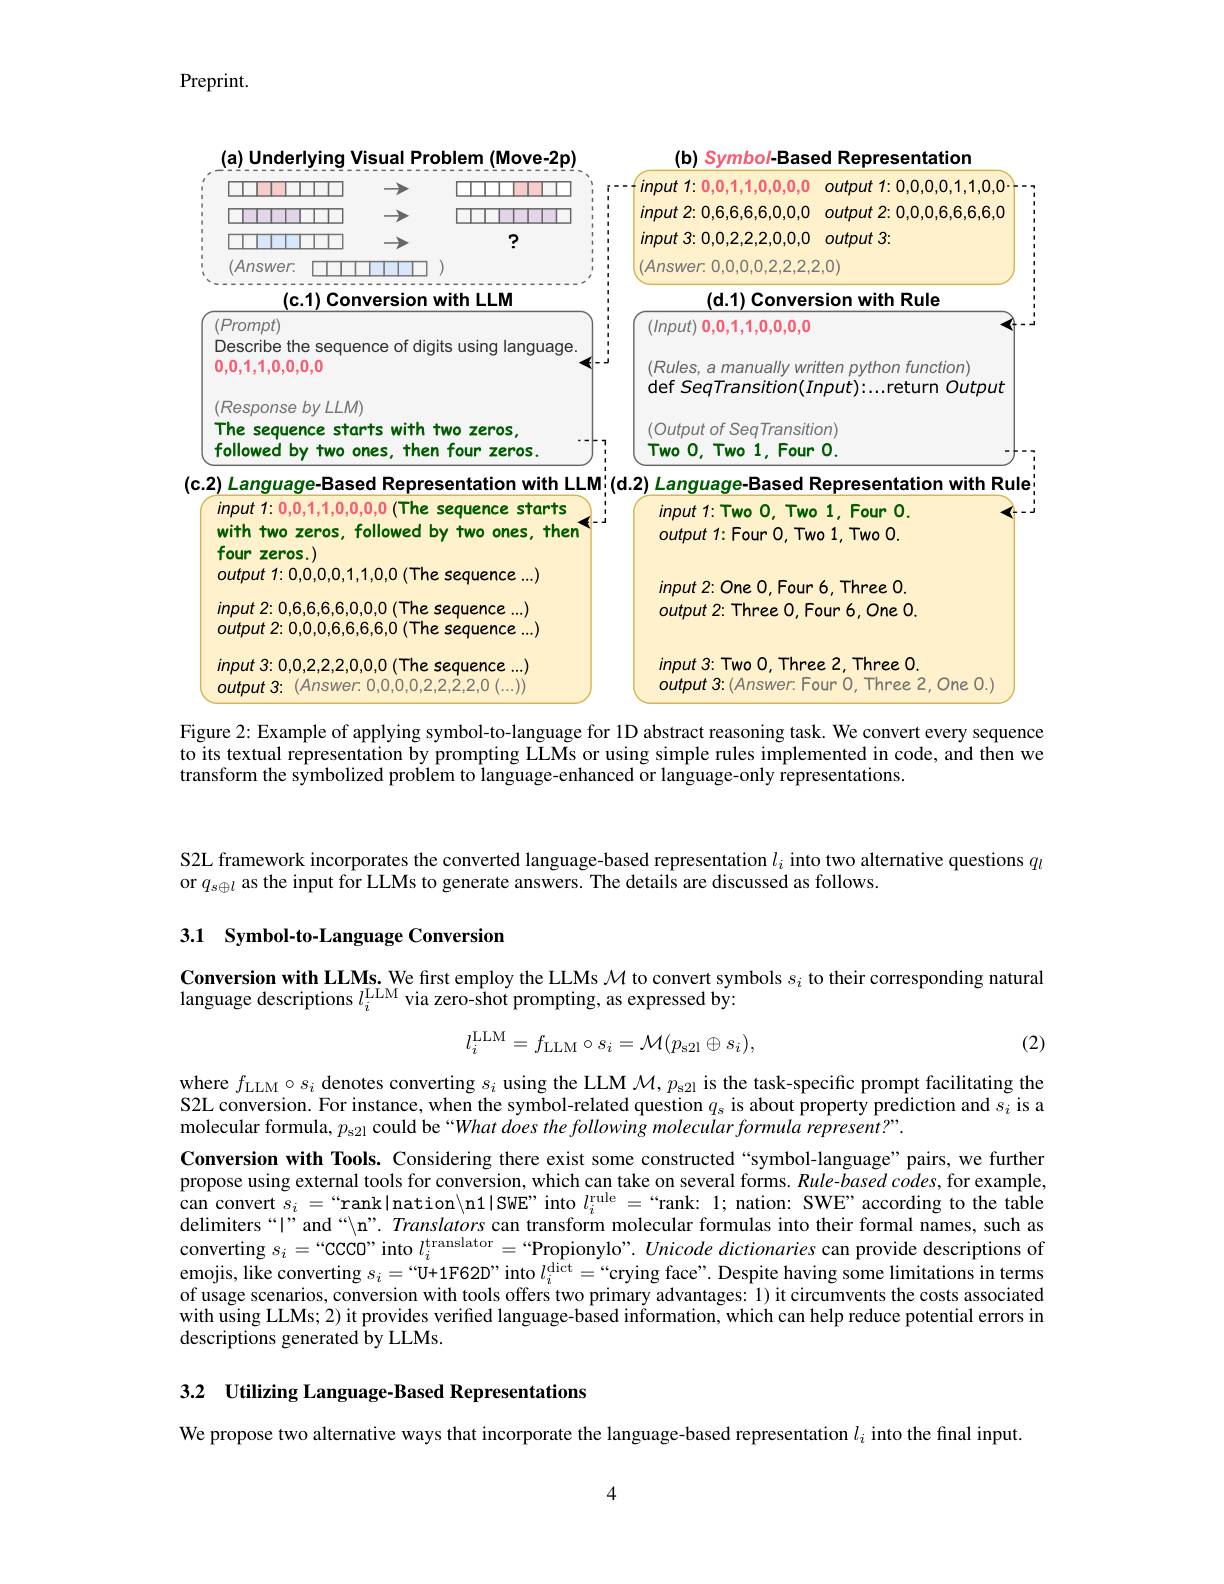
Preprint.

<FigureHere>

Figure 2: Example of applying symbol-to-language for 1D abstract reasoning task. We convert every sequence

to its textual representation by prompting LLMs or using simple rules implemented in code, and then we
transform the symbolized problem to language-enhanced or language-only representations.

S2L framework incorporates the converted language-based representation $l_i$ into two alternative questions $q_l$
or $q_{s\oplus l}$ as the input for LLMs to generate answers. The details are discussed as follows.

## 3.1 Symbol-to-Language Conversion

Conversion with LLMs. We first employ the LLMs $\mathcal{M}$ to convert symbols $s_i$ to their corresponding natural
language descriptions $l_i^\mathrm{LLM}$ via zero-shot prompting, as expressed by:

(2)
$$l_{i}^{\mathrm{LLM}}=f_{\mathrm{LLM}}\circ s_{i}=\mathcal{M}(p_{\mathrm{s2l}}\oplus s_{i}),$$
where $f_\mathrm{LLM}\circ s_i$ denotes converting $s_i$ using the LLM $\mathcal{M} , p_\mathrm{s2l}$ is the task-specific prompt facilitating the S2L conversion. For instance, when the symbol-related question $q_s$ is about property prediction and $s_i$ is a molecular formula, $p_{\mathrm{s21}}$ could be “What does the following molecular formula represent?”.

Conversion with Tools. Considering there exist some constructed “symbol-language”pairs, we further propose using external tools for conversion, which can take on several forms. Rule-based codes, for example, can convert $s_i=$“ranklnation\n1|SwE” into $l_i^\mathrm{rule}=$“rank: 1; nation: SWE” according to the table delimiters“|”and“\n”. Translators can transform molecular formulas into their formal names, such as converting $s_i=“$CCCO" into $l_i^\text{translator}=“$Propionylo”. Unicode dictionaries can provide descriptions of emojis, like converting $s_i=“$U+1F62D”into $l_i^\mathrm{dict}=“$crying face". Despite having some limitations in terms of usage scenarios, conversion with tools offers two primary advantages: 1) it circumvents the costs associated with using LLMs; 2) it provides verified language-based information, which can help reduce potential errors in descriptions generated by LLMs.

3.2 Utilizing Language-Based Representations

We propose two alternative ways that incorporate the language-based representation $l_i$ into the final input.

4